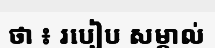
ថា ៖ របៀប សម្គាល់